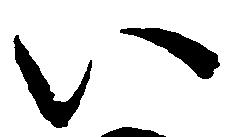
い